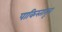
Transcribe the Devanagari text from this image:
पाकिस्तातून